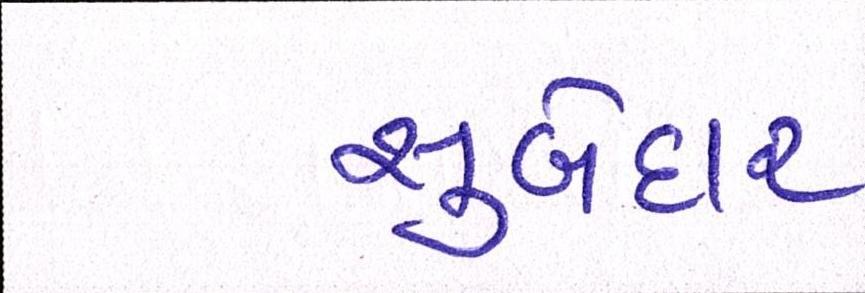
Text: સુબેદાર